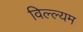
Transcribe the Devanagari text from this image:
विल्ल्यम